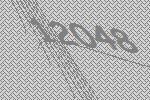
12048